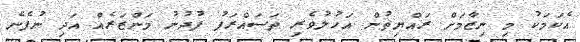
އެކަމަކު މި ނިޒާމަށް ރައްޔިތުން އަހުލުވެރި ތަސައްރަފު ފުދުނު މަންޒަރެއް އަދި ނުފެނެ